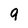
Character: 9